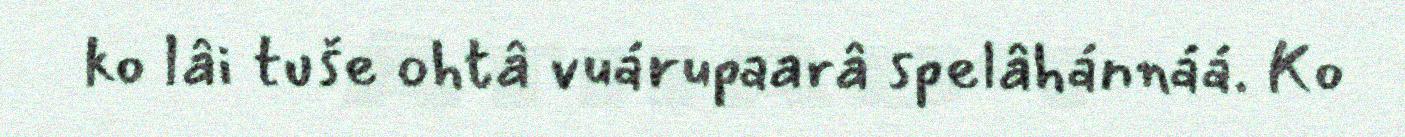
ko lâi tuše ohtâ vuárupaarâ spelâhánnáá. Ko